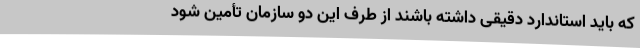
که باید استاندارد دقیقی داشته باشند از طرف این دو سازمان تأمین شود